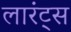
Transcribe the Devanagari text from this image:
लारंट्स